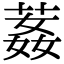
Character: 葌